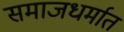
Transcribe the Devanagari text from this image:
समाजधर्मात